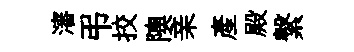
瀋弔挍隩亲産殿繋